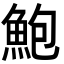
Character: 鮑